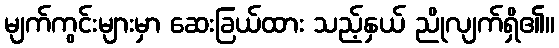
မျက်ကွင်းများမှာ ဆေးခြယ်ထား သည့်နှယ် ညိုလျက်ရှိ၏။